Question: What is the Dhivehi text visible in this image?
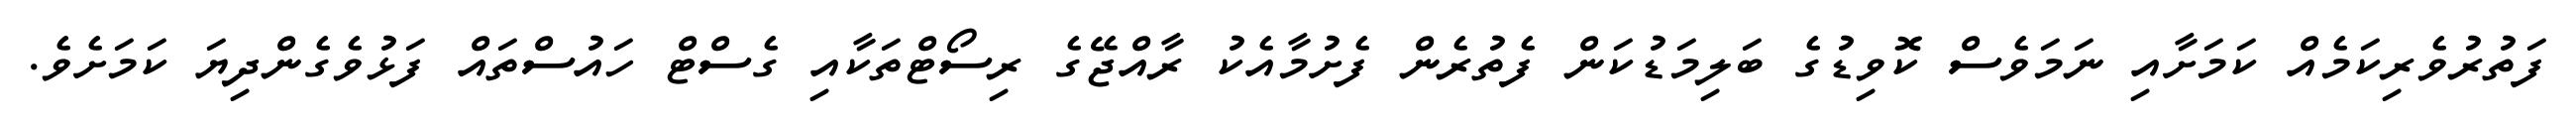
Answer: ފަތުރުވެރިކަމެއް ކަމަށާއި ނަމަވެސް ކޮވިޑުގެ ބަލިމަޑުކަން ފެތުރެން ފެށުމާއެކު ރާއްޖޭގެ ރިސޯޓްތަކާއި ގެސްޓް ހައުސްތައް ފަޅުވެގެންދިޔަ ކަމަށެވެ.